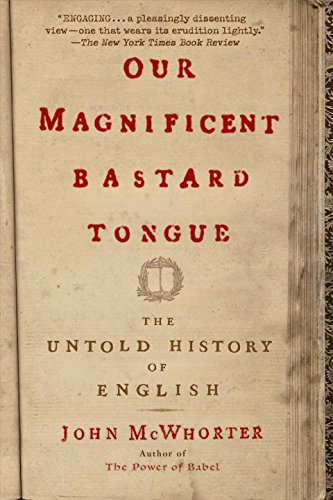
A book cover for Our Magnificent Bastard Tongue: The Untold History of English; John McWhorter; Reference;